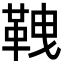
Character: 𩊒